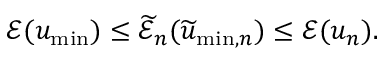
\mathcal { E } ( u _ { \mathrm { m i n } } ) \leq \widetilde { \mathcal { E } } _ { n } ( \widetilde { u } _ { \mathrm { m i n } , n } ) \leq \mathcal { E } ( u _ { n } ) .